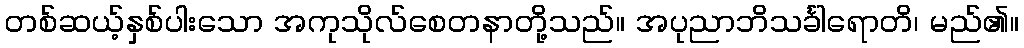
တစ်ဆယ့်နှစ်ပါးသော အကုသိုလ်စေတနာတို့သည်။ အပုညာဘိသင်္ခါရောတိ၊ မည်၏။